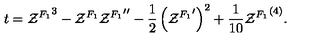
t = { { \cal Z } ^ { F _ { 1 } } } ^ { 3 } - { \cal Z } ^ { F _ { 1 } } { { \cal Z } ^ { F _ { 1 } } } ^ { \prime \prime } - { \frac { 1 } { 2 } } \left( { { \cal Z } ^ { F _ { 1 } } } ^ { \prime } \right) ^ { 2 } + { \frac { 1 } { 1 0 } } { { \cal Z } ^ { F _ { 1 } } } ^ { ( 4 ) } .